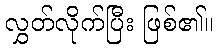
လွှတ်လိုက်ပြီး ဖြစ်၏။